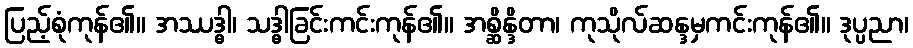
ပြည့်စုံကုန်၏။ အဿဒ္ဓါ၊ သဒ္ဓါခြင်းကင်းကုန်၏။ အစ္ဆိန္ဒိတာ၊ ကုသိုလ်ဆန္ဒမှကင်းကုန်၏။ ဒုပ္ပညာ၊